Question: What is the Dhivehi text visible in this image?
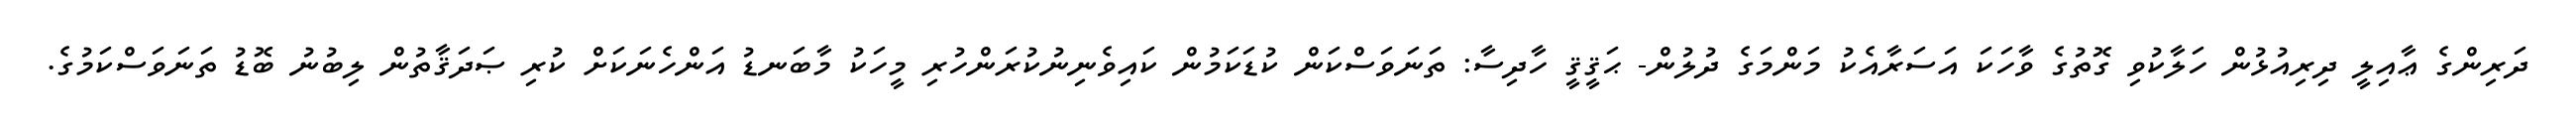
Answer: ދަރިންގެ ޢާއިލީ ދިރިއުޅުން ހަލާކުވި ގޮތުގެ ވާހަކަ އަސަރާއެކު މަންމަގެ ދުލުން- ޙަޤީޤީ ހާދިސާ: ތަނަވަސްކަން ކުޑަކަމުން ކައިވެނިނުކުރަންހުރި މީހަކު މާބަނޑު އަންހެނަކަށް ކުރި ޞަދަޤާތުން ލިބުނު ބޮޑު ތަނަވަސްކަމުގެ.